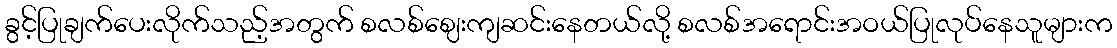
ခွင့်ပြုချက်ပေးလိုက်သည့်အတွက် စလစ်ဈေးကျဆင်းနေတယ်လို့ စလစ်အရောင်းအဝယ်ပြုလုပ်နေသူများက